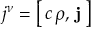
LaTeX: j ^ { \nu } = \left[ \, c \, \rho , \, \mathbf { j } \, \right]